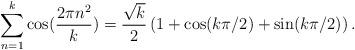
LaTeX: \begin{align*}\sum_{n=1}^{k} \cos(\frac{2\pi n^{2}}{k}) = \frac{\sqrt{k}} {2}\left( 1 + \cos(k\pi/2)+\sin(k\pi /2) \right).\end{align*}